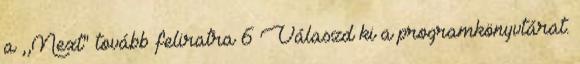
a ,,Next" tovább feliratra 6 Válaszd ki a programkönyvtárat.